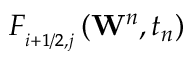
F _ { _ { i + 1 / 2 , j } } ^ { { } } \left( { { \mathbf { W } } ^ { n } } , { { t } _ { n } } \right)